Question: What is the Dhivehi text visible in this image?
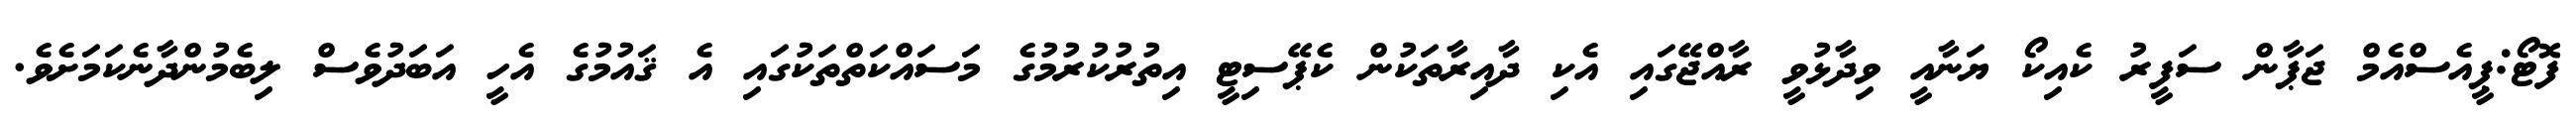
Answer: ފޮޓޯ:ޕީއެސްއެމް ޖަޕާން ސަފީރު ކެއިކޯ ޔަނާއީ ވިދާޅުވީ ރާއްޖޭގައި އެކި ދާއިރާތަކުން ކެޕޭސިޓީ އިތުރުކުރުމުގެ މަސައްކަތްތަކުގައި އެ ޤައުމުގެ އެހީ އަބަދުވެސް ލިބެމުންދާނެކަމަށެވެ.